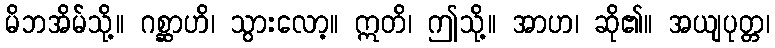
မိဘအိမ်သို့။ ဂစ္ဆာဟိ၊ သွားလော့။ ဣတိ၊ ဤသို့။ အာဟ၊ ဆို၏။ အယျပုတ္တ၊